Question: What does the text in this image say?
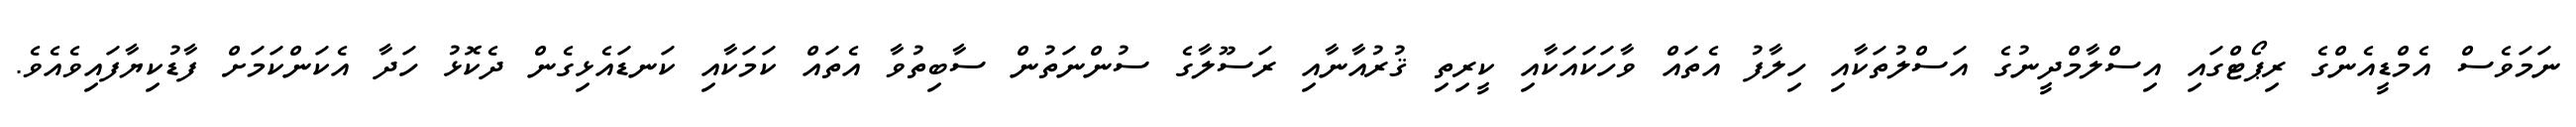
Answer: ނަމަވެސް އެމްޑީއެންގެ ރިޕޯޓްގައި އިސްލާމްދީނުގެ އަސްލުތަކާއި ހިލާފު އެތައް ވާހަކައަކާއި ކީރިތި ޤުރުއާނާއި ރަސޫލާގެ ސުންނަތުން ސާބިތުވާ އެތައް ކަމަކާއި ކަނޑައެޅިގެން ދެކޮޅު ހަދާ އެކަންކަމަށް ފާޑުކިޔާފައިވެއެވެ.